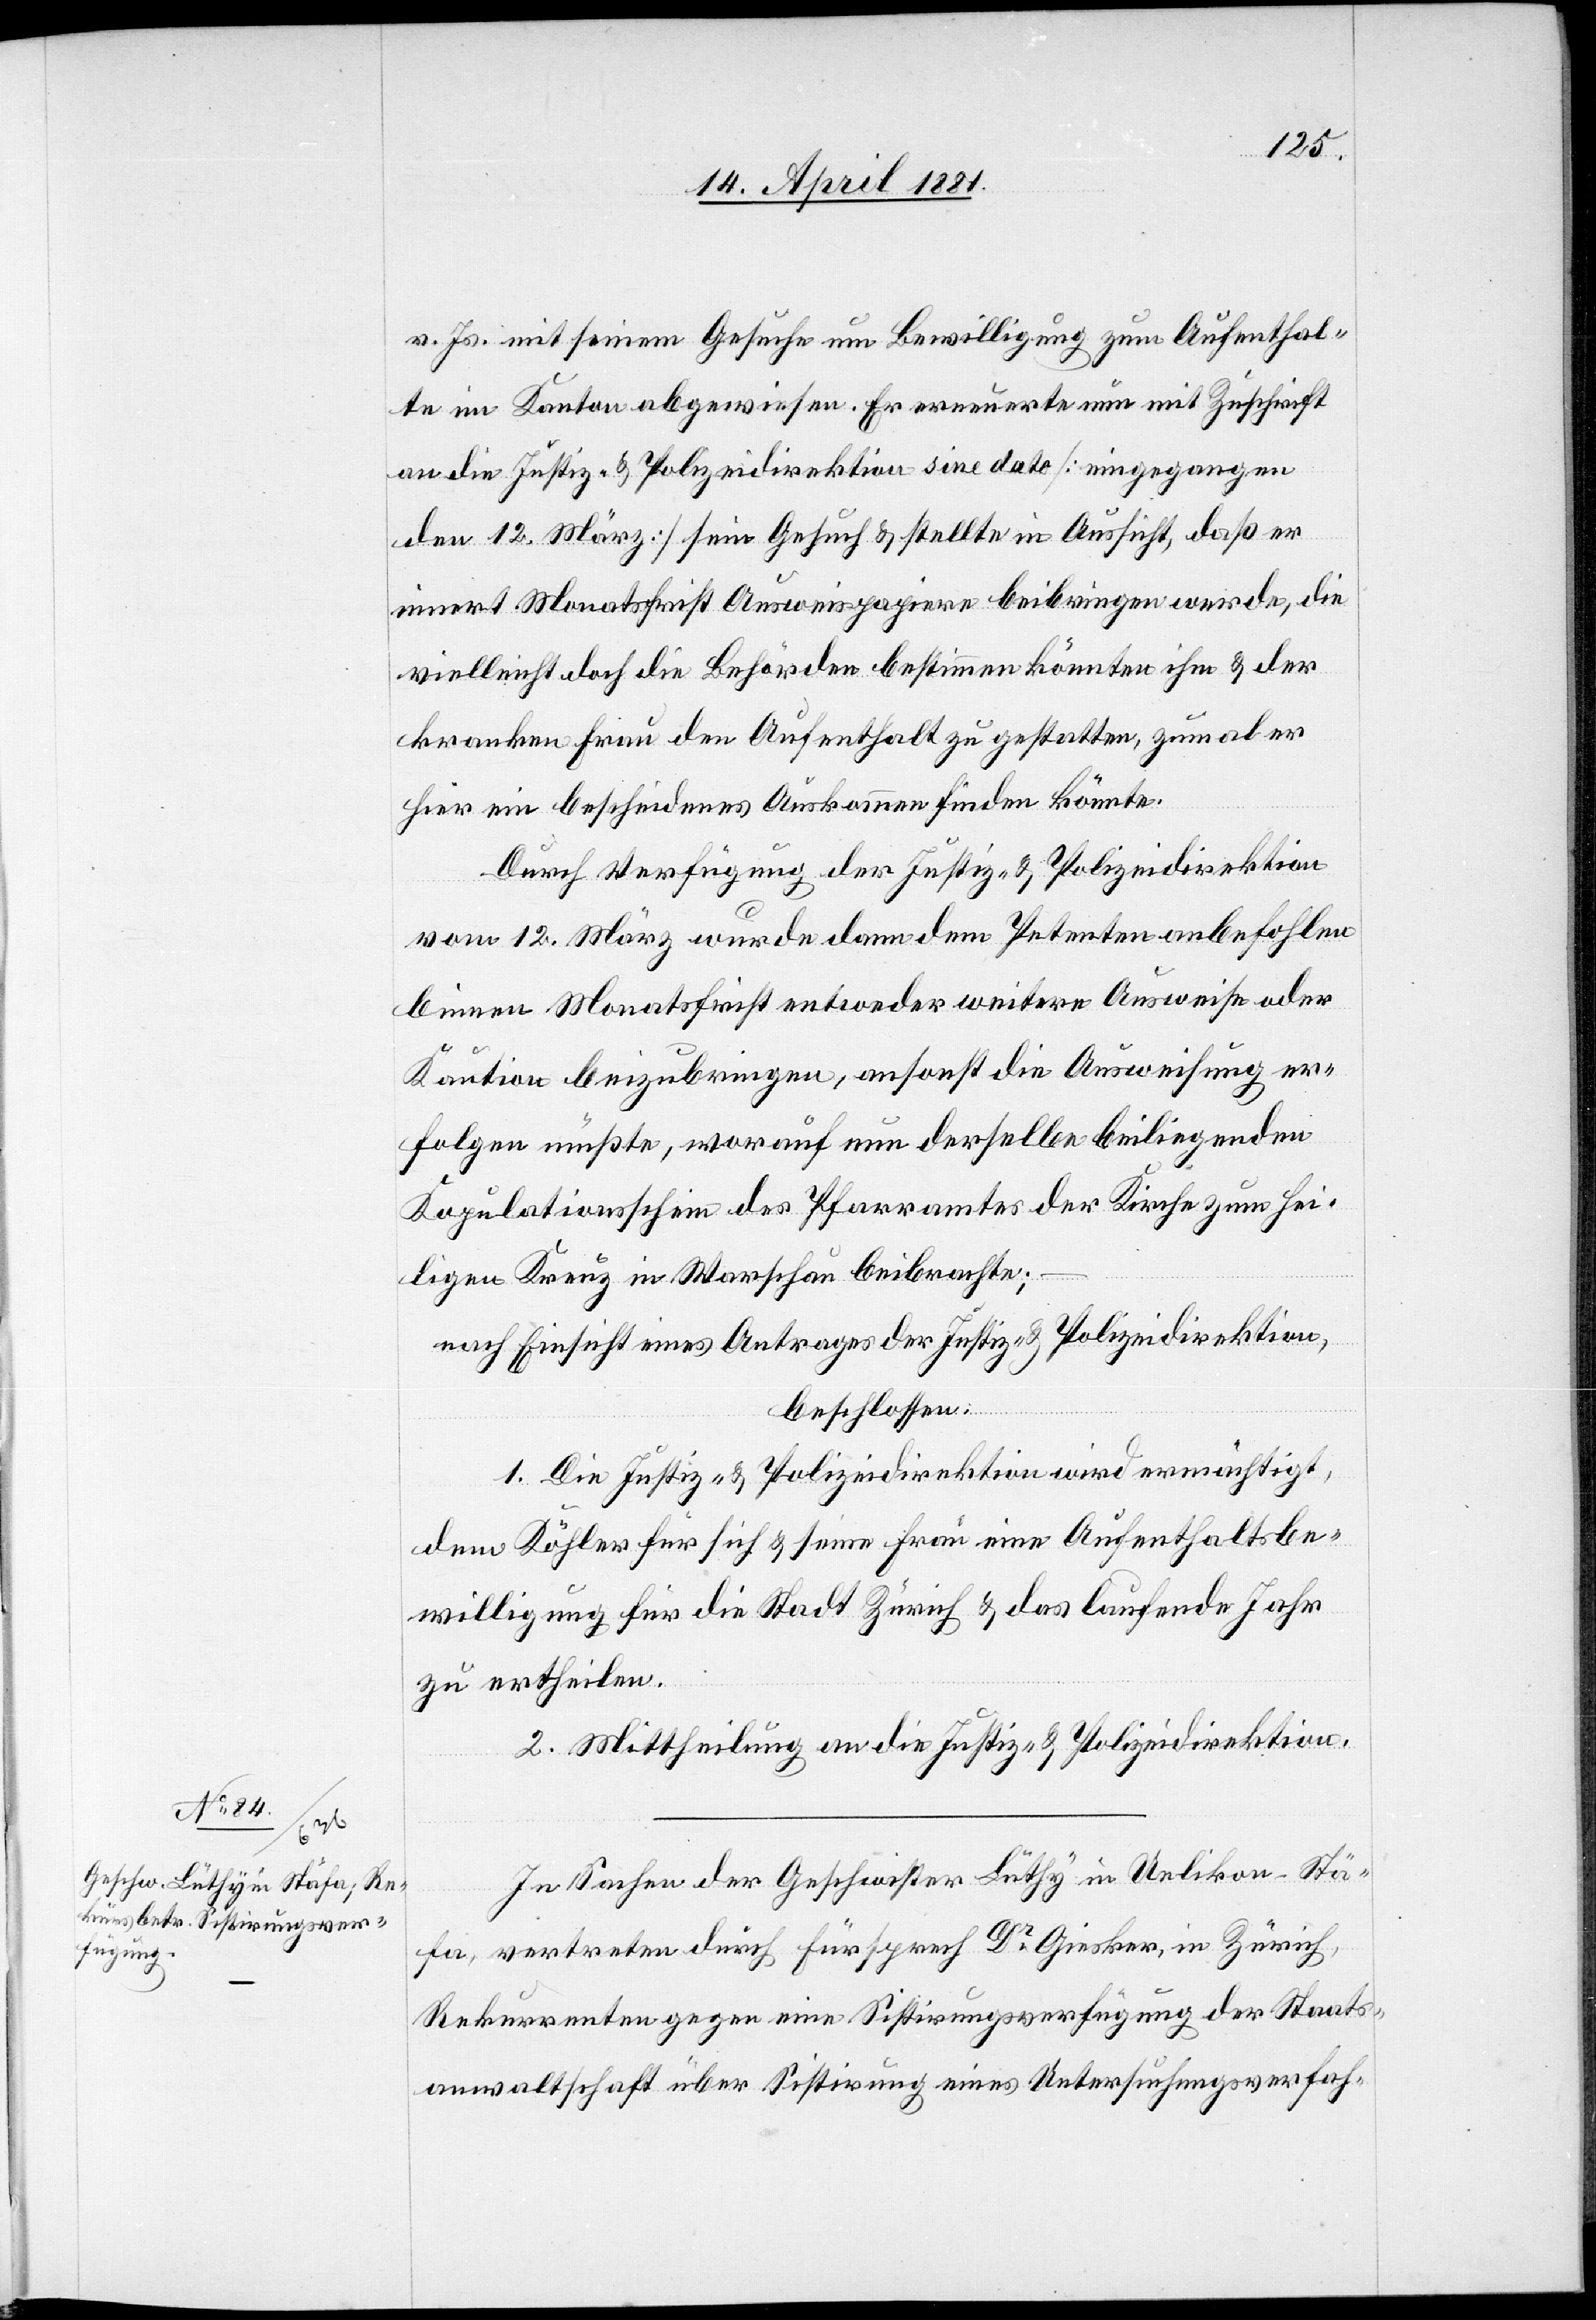
v. Js. mit seinem Gesuche um Bewilligung zum Aufenthal¬
te im Kanton abgewiesen. Er erneuerte nun mit Zuschrift
an die Justiz- & Polizeidirektion sine dato [eingegangen
den 12. März] sein Gesuch & stellte in Aussicht, daß er
innert Monatsfrist Ausweispapiere beibringen werde, die
vielleicht doch die Behörden bestimmen könnten ihm & der
kranken Frau den Aufenthalt zu gestatten, zumal er
hier ein bescheidenes Auskommen finden könnte.
Durch Verfügung der Justiz- & Polizeidirektion
vom 12. März wurde dann dem Petenten anbefohlen
binnen Monatsfrist entweder weitere Ausweise oder
Kaution beizubringen, ansonst die Ausweisung er¬
folgen müsste, worauf nun derselbe beiliegenden
Kopulationsschein des Pfarramtes der Kirche zum Hei¬
ligen Kreuz in Warschau beibrachte;
nach Einsicht eines Antrages der Justiz- & Polizeidirektion,
beschlossen:
1. Die Justiz- & Polizeidirektion wird ermächtigt,
dem Köhler für sich & seine Frau eine Aufenthaltsbe¬
willigung für die Stadt Zürich & das laufende Jahr
zu ertheilen.
2. Mittheilung an die Justiz- & Polizeidirektion.
In Sachen der Geschwister Lüthy in Uelikon-Stä¬
fa, vertreten durch Fürsprech Dr Giesker, in Zürich,
Rekurrenten gegen eine Sistirungsverfügung der Staats¬
anwaltschaft über Sistirung eines Untersuchungsverfah-